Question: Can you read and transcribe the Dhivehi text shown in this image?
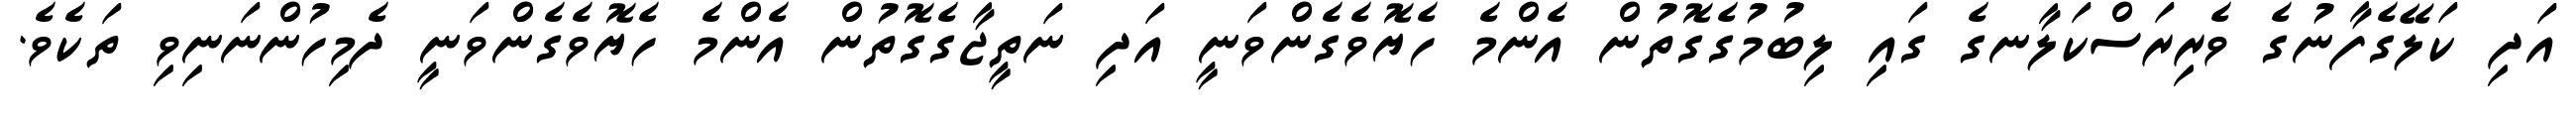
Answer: އަދި ކަލޭގެފާނުގެ ވެރިރަސްކަލާނގެ ގައި ލިބުމުގެގޮތުން އެންމެ ހެޔޮވެގެންވަނީ އަދި ނަތީޖާގެގޮތުން އެންމެ ހެޔޮވެގެންވަނީ ދެމިހުންނަނިވި ތަކެވެ.